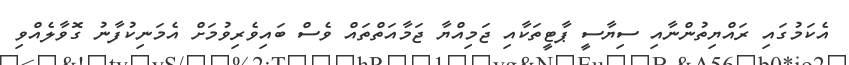
އެކަމުގައި ރައްޔިތުންނާއި ސިޔާސީ ޕާޓީތަކާއި ޖަމިއްޔާ ޖަމާއަތްތައް ވެސް ބައިވެރިވުމަށް އެމަނިކުފާނު ގޮވާލެއްވި